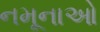
નમૂનાઓ